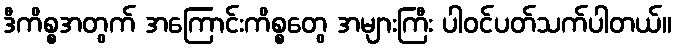
ဒီကိစ္စအတွက် အကြောင်းကိစ္စတွေ အများကြီး ပါဝင်ပတ်သက်ပါတယ်။